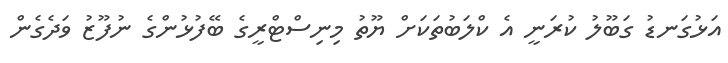
އަޅުގަނޑު ގަބޫލު ކުރަނީ އެ ކްލަބުތަކަށް ޔޫތު މިނިސްޓްރީގެ ބޭފުޅުންގެ ނުފޫޒު ވަދެގެން